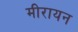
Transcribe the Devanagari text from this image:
मीरायन